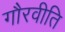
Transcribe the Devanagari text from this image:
गौरवीति